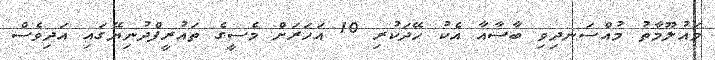
މައުލޫމާތު މުއްސަނދިވި ބާސާއާ އެކު ހޭދަކުރި 10 އަހަރަށް މެސީގެ ތައުރީފްދުނިޔޭގައި އަދިވެސް